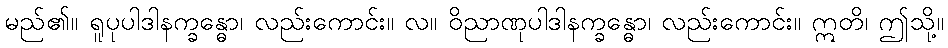
မည်၏။ ရူပုပါဒါနက္ခန္ဓော၊ လည်းကောင်း။ လ။ ဝိညာဏုပါဒါနက္ခန္ဓော၊ လည်းကောင်း။ ဣတိ၊ ဤသို့။